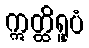
ဣတ္ထိရူပံ